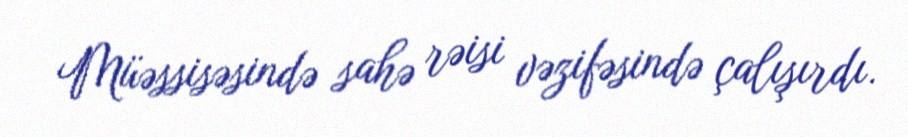
Müəssisəsində sahə rəisi vəzifəsində çalışırdı.